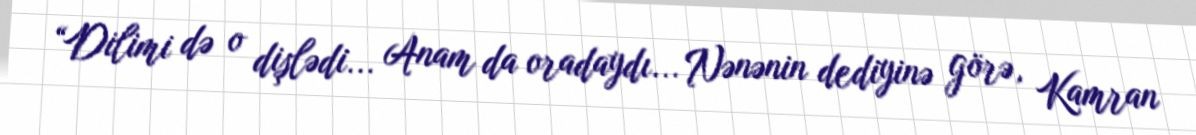
“Dilimi də o dişlədi... Anam da oradaydı... Nənənin dediyinə görə, Kamran